Civil Veterinary Department ledger series I-VI
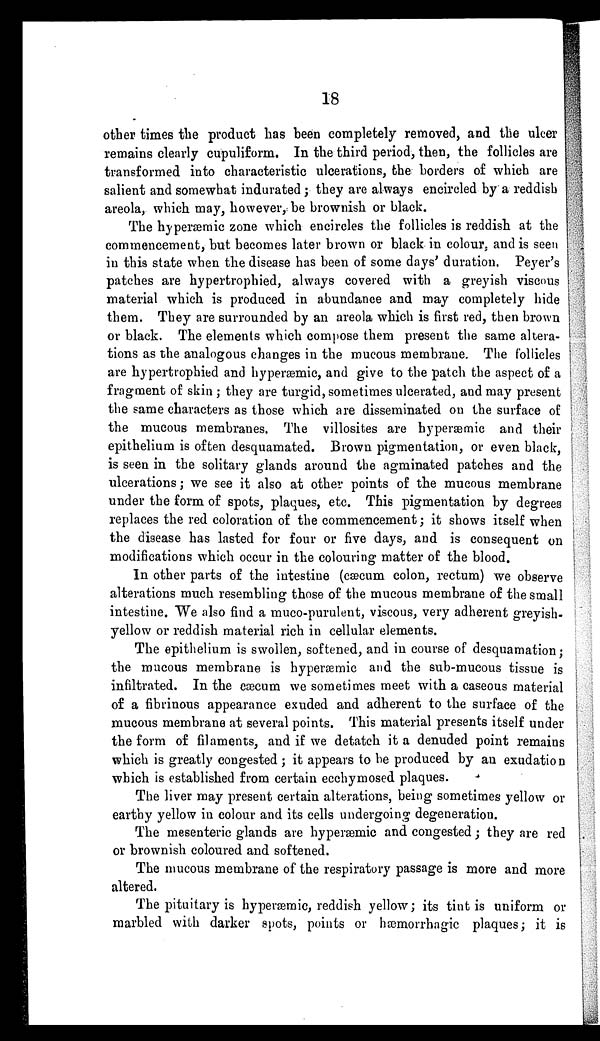
18
other times the product has been completely removed, and the ulcer
remains clearly cupuliform. In the third period, then, the follicles are
transformed into characteristic ulcerations, the borders of which are
salient and somewhat indurated ; they are always encircled by a reddish
areola, which may, however, be brownish or black.
The hyperæmic zone which encircles the follicles is reddish at the
commencement, but becomes later brown or black in colour, and is seen
in this state when the disease has been of some days' duration. Peyer's
patches are hypertrophied, always covered with a greyish viscous
material which is produced in abundance and may completely hide
them. They are surrounded by an areola which is first red, then brown
or black. The elements which compose them present the same altera-
tions as the analogous changes in the mucous membrane. The follicles
are hypertrophied and hyperæmic, and give to the patch the aspect of a
fragment of skin ; they are turgid, sometimes ulcerated, and may present
the same characters as those which are disseminated on the surface of
the mucous membranes. The villosites are hyperæmic and their
epithelium is often desquamated. Brown pigmentation, or even black,
is seen in the solitary glands around the agminated patches and the
ulcerations; we see it also at other points of the mucous membrane
under the form of spots, plaques, etc. This pigmentation by degrees
replaces the red coloration of the commencement; it shows itself when
the disease has lasted for four or five days, and is consequent on
modifications which occur in the colouring matter of the blood.
In other parts of the intestine (cæcum colon, rectum) we observe
alterations much resembling those of the mucous membrane of the small
intestine. We also find a muco-purulent, viscous, very adherent greyish-
yellow or reddish material rich in cellular elements.
The epithelium is swollen, softened, and in course of desquamation;
the mucous membrane is hyperæmic and the sub-mucous tissue is
infiltrated. In the cæcum we sometimes meet with a caseous material
of a fibrinous appearance exuded and adherent to the surface of the
mucous membrane at several points. This material presents itself under
the form of filaments, and if we detatch it a denuded point remains
which is greatly congested ; it appears to be produced by an exudation
which is established from certain ecchymosed plaques.
The liver may present certain alterations, being sometimes yellow or
earthy yellow in colour and its cells undergoing degeneration.
The mesenteric glands are hyperæmic and congested ; they are red
or brownish coloured and softened.
The mucous membrane of the respiratory passage is more and more
altered.
The pituitary is hyperæmic, reddish yellow ; its tint is uniform or
marbled with darker spots, points or hæmorrhagic plaques ; it is